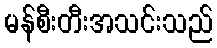
မန်စီးတီးအသင်းသည်